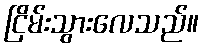
ငြိမ်းသွားလေသည်။